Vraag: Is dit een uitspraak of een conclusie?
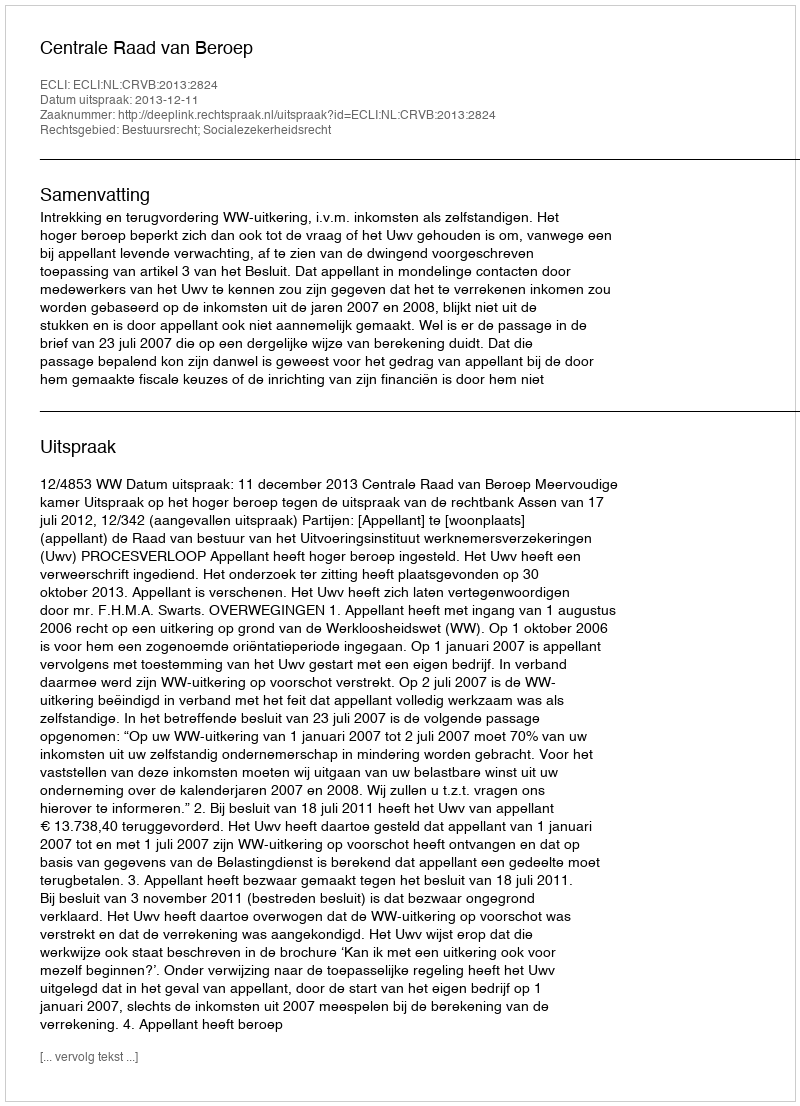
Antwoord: Uitspraak